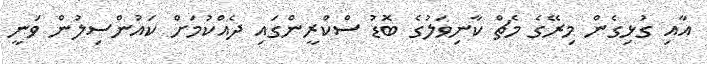
އާއި ގުޅިގެން މިރޭގެ މެެޗް ކާނިވަލުގެ ބޮޑު ސްކްރީންގައި ދެއްކުމަށް ކައުންސިލުން ވަނީ